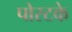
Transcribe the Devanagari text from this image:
पोस्टके